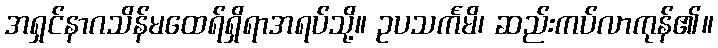
အရှင်နာဂသိန်မထေရ်ရှိရာအရပ်သို့။ ဥပသင်္ကမိ၊ ဆည်းကပ်လာကုန်၏။